Tezpur Lunatic Asylum reports 1877-1894 - 1877-1894
Year: 1877
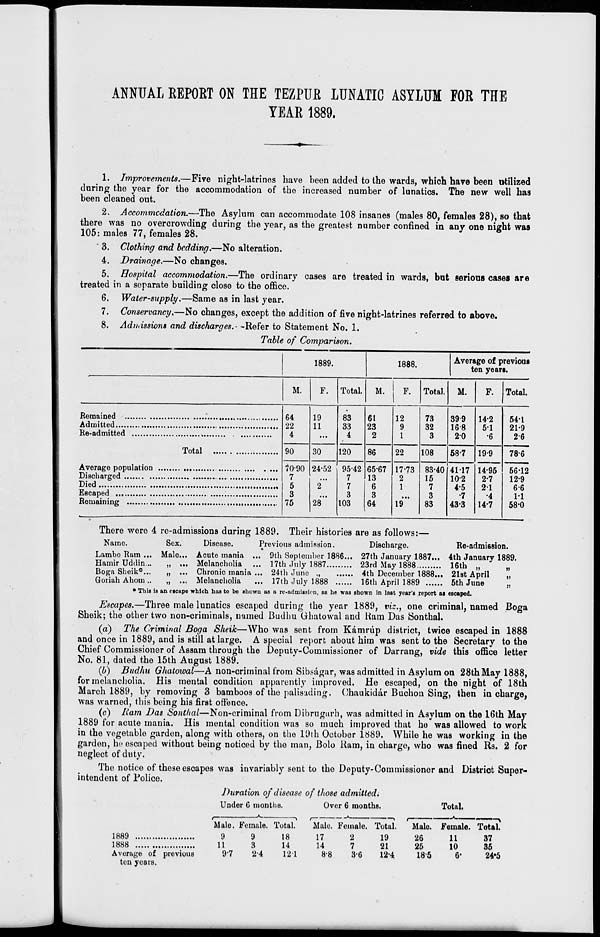
ANNUAL REPORT ON TEE TEZPUR LUNATIC ASYLUM FOR THE
YEAR 1889.
1. Improvements.—Five night-latrines have been added to the wards, which have been utilized
during the year for the accommodation of the increased number of lunatics. The new well has
been cleaned out.
2, Accommodation.—The Asylum can accommodate 108 insanes (males 80, females 28), so that
there was no overcrowding during the year, as the greatest number confined in any one night was
105: males 77, females 28.
" 3. Clothing and bedding.—No alteration.
4. Drainage.—No changes.
5. Hospital accommodation.—The ordinary cases are treated in wards, bat serious cases are
treated in a separate building close to the office.
6. Water-supply.—Same as in last year.
7. Conservancy,—No changes, except the addition of five night-latrines referred to above.
8. Admissions and discharges.- -Refer to Statement No. 1.
Table of Comparison.
1889.
1888.
Average of previous
ten years.
M.
F. Total.
M.
F. Total. M.
F. Total.
64
22
4
19
11
83
33
4
61
23
2
12
9
1
73
32
3
399
168
20
14-2
51
•6
54-1
21-9
26
90
30
120
86
22
108
58-7 19-9
78-6
Died
70-90
7
5
3
75
24-52
i"
28"
95-42
7
7
3
103
65-67
13
6
3
64
17-73
2
1
19*"
83-40
15
7
3
83
4117
10-2
4-5
•7
43-3
14-95
2-7
21
•4
14-7
66-12
12-9
6-6
1-1
68-0
There were 4 re-admissions during 1889. Their histories are as follows:—
Name.
Sex.
Disease.
Previous admission.
Discharge.
Re-admission.
Lambo Ram ... Male... Acute mania ... 9th September 1886... 27th January 1887... 4th January 1889.
Hamir Uddin...
„ ... Melancholia ... 17th July 1887
23rd May 1888
16th „ "
„
Boga Sheik 0 ...
„ ... Chronic mania ... 24th June ,,
4th December 1888... 21st April
„
GoriahAhom..
„ ... Melancholia ... 17th July 1888
16th April 1889
5th June
„
* This is an (scape which has to be Bhown as a re-admission, as he was shown in last year's report as escaped.
Escapes.—Three male lunatics escaped during the year 1889, viz., one criminal, named Boga
Sheik; the other two non-criminals, named Budlm Ghatowal and Ham Das Sonthal.
(a) The Criminal Boga Sheik—Who was sent from Kamriip district, twice escaped in 1888
and once in 1889, and is still at large. A special report about him was sent to the Secretary to the
Chief Commissioner of Assam through the Deputv-Coinmissioner of Darrang, vide this office letter
No. 81, dated the 15th August 1889.
(b) Budhu Ghatowal—A non-criminal from Sibsagar, was admitted in Asylum on 28th May 1888,
for melancholia. His mental condition apparently improved. He escaped, on the night of 18th
March 1889, by removing 3 bamboos of the palisading. Chaukidar Buchou Sing, then in charge,
was warned, this being his first offence.
(c) Ram Das Sonthal—Non-criminal from Dibrugarh, was admitted in Asylum on the 16th May
1889 for acute mania. His mental condition was so much improved that ho was allowed to work
in the vegetable garden, along with others, on the 19th October 1889. While he was working in the
garden, he escaped without being noticed by the man, Bolo Ham, in charge, who was fined Rs. 2 for
neglect of duty.
The notice of these escapes was invariably sent to the Deputy-Commissioner and District Super-
intendent of Police.
Duration of disease of those admitted.
Under G months.
Over 6 months.
Total.
i
*
»
i
*
—■»
i •
■■ ■
-"*-
' '
■ ■ \
Male. Female. Total.
Male. Female. Total.
Male. Female. Total.
1889
9
9
18
17
2
19
26
11
37
1888
11
3
14
14
7
21
25
10
35
Average of previous
9"7
2-4
121
8-8
3-6
12-4
185
6'
24«5
ten years.